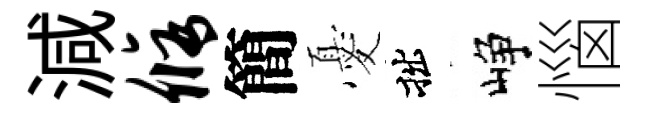
減修簡憂拙峥惱